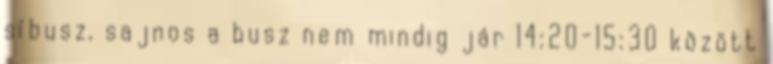
síbusz, sajnos a busz nem mindig jár 14:20-15:30 között